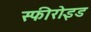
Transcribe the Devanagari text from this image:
स्फीरोइड